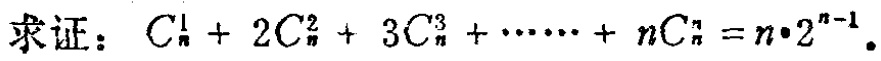
求证：\(C_{n}^{1}+2C_{n}^{2}+3C_{n}^{3}+\cdots +nC_{n}^{n}=n\cdot 2^{n - 1}\)。